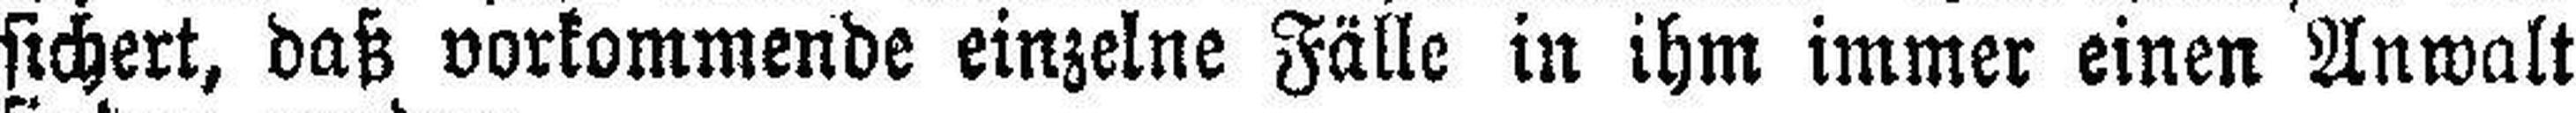
sichert, daß vorkommende einzelne Fälle in ihm immer einen Anwalt